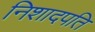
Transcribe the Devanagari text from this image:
निशादपति